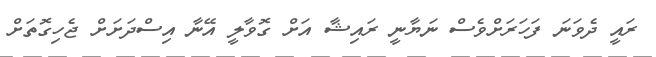
ރައީ ދެވަނަ ފަހަރަށްވެސް ނަޔާނީ ރައިޝާ އަށް ގޮވާލީ އޭނާ އިސްދަށަށް ޖެހިގޮތަށް